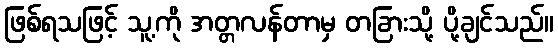
ဖြစ်ရသဖြင့် သူ့ကို အတ္တလန်တာမှ တခြားသို့ ပို့ချင်သည်။